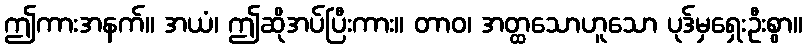
ဤကားအနက်။ အယံ၊ ဤဆိုအပ်ပြီးကား။ တာဝ၊ အတ္ထသောဟူသော ပုဒ်မှရှေးဦးစွာ။